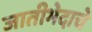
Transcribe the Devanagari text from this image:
जातीभेदाचे